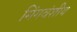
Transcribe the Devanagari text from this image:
मिंगवंशीय